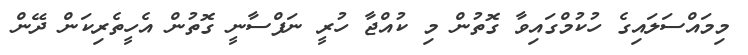
މިމައްސަލައިގެ ހުކުމްގައިވާ ގޮތުން މި ކުއްޖާ ހުރީ ނަފްސާނީ ގޮތުން އެހީތެރިކަން ދޭން